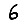
Digit: 6